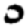
Digit: 0